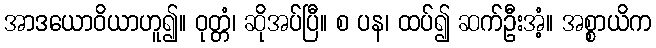
အာဒယောဝိယာဟူ၍။ ဝုတ္တံ၊ ဆိုအပ်ပြီ။ စ ပန၊ ထပ်၍ ဆက်ဦးအံ့။ အစ္စာယိက